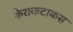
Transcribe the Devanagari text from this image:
कैराकटाकस